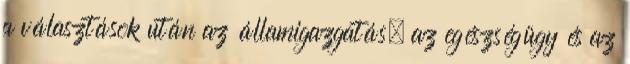
a választások után az államigazgatás, az egészségügy és az